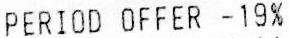
PERIOD OFFER -19%